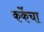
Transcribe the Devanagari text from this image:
कर्केचा